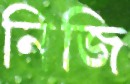
নিজি